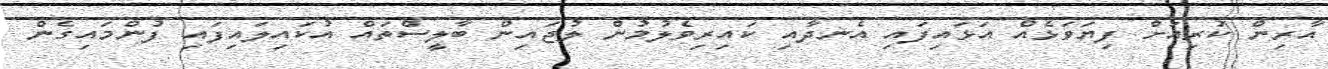
އާރިން ކުރިއަށް ފިޔަވަޅެއް އަޅައިފައި އެނދާއި ކައިރިވެލުމުން ލުޖައިން ބާލީސްތައް އުކައިލައިފައި ފުންމައިގެން